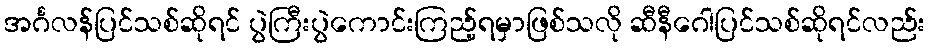
အင်္ဂလန်ပြင်သစ်ဆိုရင် ပွဲကြီးပွဲကောင်းကြည့်ရမှာဖြစ်သလို ဆီနီဂေါပြင်သစ်ဆိုရင်လည်း